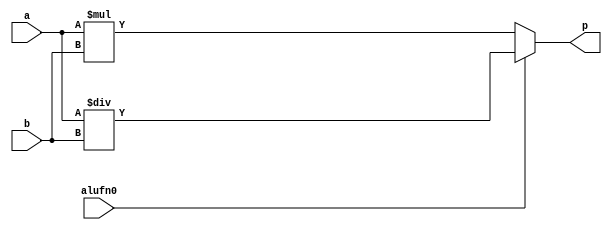
/*
   This file was generated automatically by the Mojo IDE version B1.3.6.
   Do not edit this file directly. Instead edit the original Lucid source.
   This is a temporary file and any changes made to it will be destroyed.
*/

module multiply_9 (
    input alufn0,
    input [15:0] a,
    input [15:0] b,
    output reg [15:0] p
  );
  
  
  
  always @* begin
    p = 16'h0000;
    p = (alufn0 == 1'h0) ? a * b : a / b;
  end
endmodule